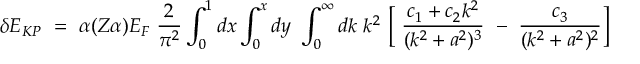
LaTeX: \delta E _ { K P } ~ = ~ \alpha ( Z \alpha ) E _ { F } ~ \frac { 2 } { \pi ^ { 2 } } \int _ { 0 } ^ { 1 } { d x } \int _ { 0 } ^ { x } { d y } ~ \int _ { 0 } ^ { \infty } { d k } ~ k ^ { 2 } ~ \Bigl [ ~ \frac { c _ { 1 } + c _ { 2 } k ^ { 2 } } { ( k ^ { 2 } + a ^ { 2 } ) ^ { 3 } } ~ - ~ \frac { c _ { 3 } } { ( k ^ { 2 } + a ^ { 2 } ) ^ { 2 } } \Bigr ]